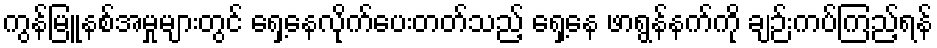
ကွန်မြူနစ်အမှုများတွင် ရှေ့နေလိုက်ပေးတတ်သည့် ရှေ့နေ ဖာရွန်နက်ကို ချဉ်းကပ်ကြည့်ရန်